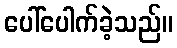
ပေါ်ပေါက်ခဲ့သည်။